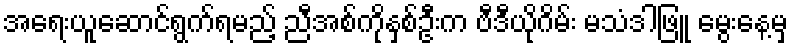
အရေးယူဆောင်ရွက်ရမည့် ညီအစ်ကိုနှစ်ဦးက ဗီဒီယိုဂိမ်း မသံဒါဖြူ မွေးနေ့မှ